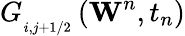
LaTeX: G_{_{i,j+1/2}}^{{}}\left({{\mathbf{W}}^{n}},{{t}_{n}}\right)